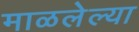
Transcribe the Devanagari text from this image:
माळलेल्या